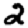
Digit: 2